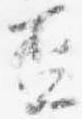
盃